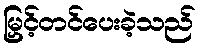
မြှင့်တင်ပေးခဲ့သည်